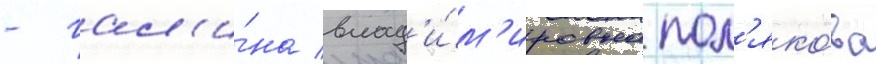
- гал'и́на влад'и́м'ировна пол'яко́ва